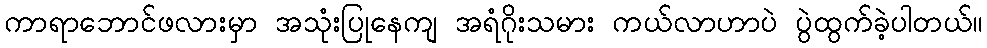
ကာရာဘောင်ဖလားမှာ အသုံးပြုနေကျ အရံဂိုးသမား ကယ်လာဟာပဲ ပွဲထွက်ခဲ့ပါတယ်။